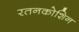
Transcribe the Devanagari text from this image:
रतनकोशिन